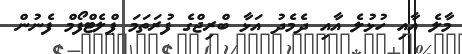
މާލެ އާއި ހުޅުލެ އާއި ދެމެދު އަޅާ ބްރިޖްގެ ފުރަތަމަ ޕްލެޓްފޯމް ފެނުން